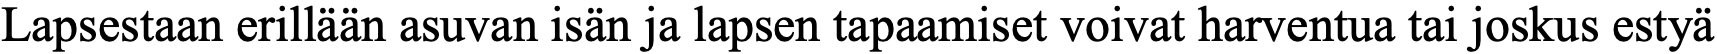
Lapsestaan erillään asuvan isän ja lapsen tapaamiset voivat harventua tai joskus estyä